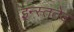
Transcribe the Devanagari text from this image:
इन्स्ततेद